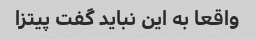
واقعا به این نباید گفت پیتزا